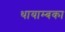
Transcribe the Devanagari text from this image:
थायाम्बका